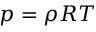
p = \rho R T